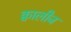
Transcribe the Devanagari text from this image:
क्वालीज